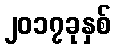
၂၀၁၇ခုနှစ်